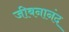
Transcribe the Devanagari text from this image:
जीबनानंद